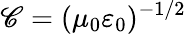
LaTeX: \mathscr{C}=(\mu_{0}\varepsilon_{0})^{-1/2}